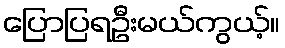
ပြောပြရဦးမယ်ကွယ့်။